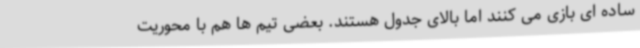
ساده ای بازی می کنند اما بالای جدول هستند. بعضی تیم ها هم با محوریت